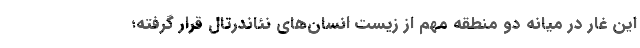
این غار در میانه دو منطقه مهم از زیست انسان‌های نئاندرتال قرار گرفته؛